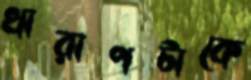
খারাপটাকে